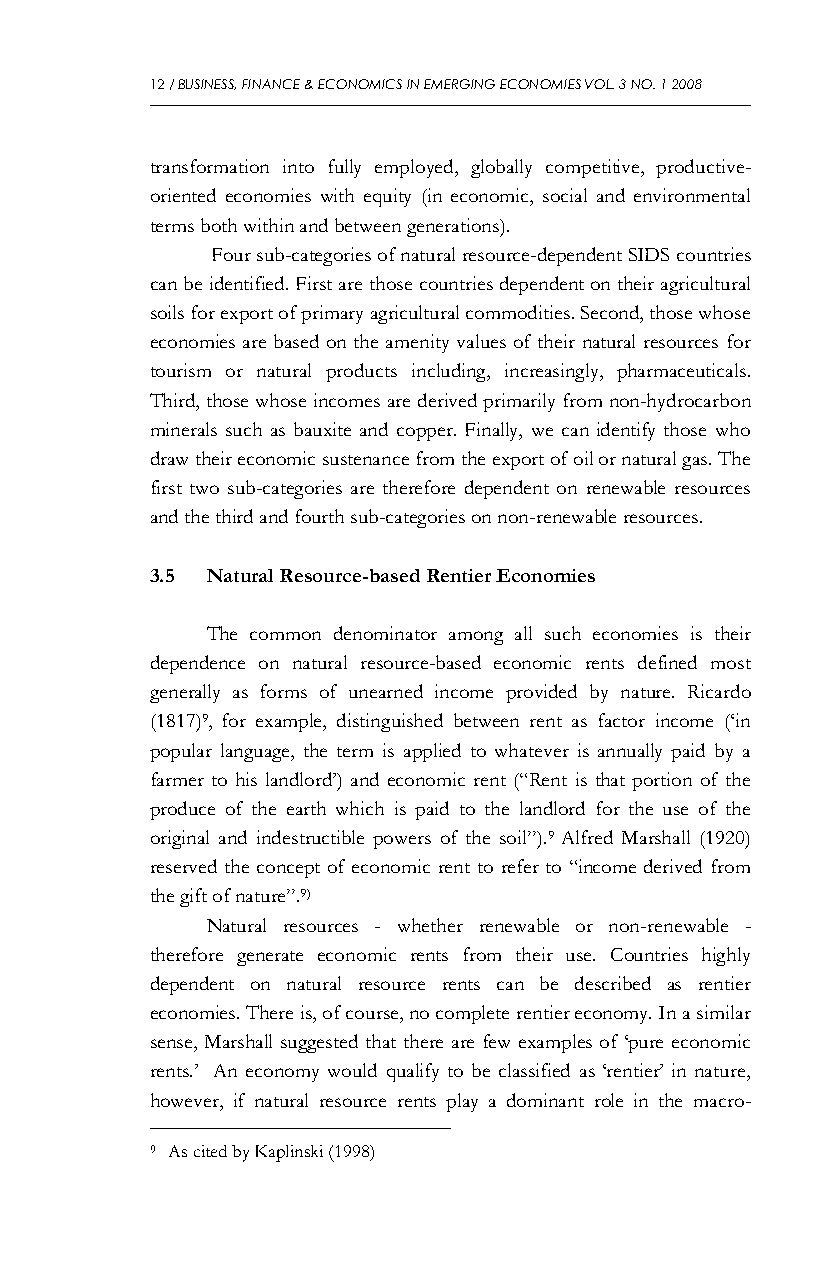
12 / BUSINESS, FINANCE & ECONOMICS IN EMERGING ECONOMIES VOL. 3 NO. 1 2008
 transformation into fully employed, globally competitive, productive-
 oriented economies with equity (in economic, social and environmental
 terms both within and between generations).
 Four sub-categories of natural resource-dependent SIDS countries
 can be identified. First are those countries dependent on their agricultural
 soils for export of primary agricultural commodities. Second, those whose
 economies are based on the amenity values of their natural resources for
 tourism or natural products including, increasingly, pharmaceuticals.
 Third, those whose incomes are derived primarily from non-hydrocarbon
 minerals such as bauxite and copper. Finally, we can identify those who
 draw their economic sustenance from the export of oil or natural gas. The
 first two sub-categories are therefore dependent on renewable resources
 and the third and fourth sub-categories on non-renewable resources.
 3.5 Natural Resource-based Rentier Economies
 The common denominator among all such economies is their
 dependence on natural resource-based economic rents defined most
 generally as forms of unearned income provided by nature. Ricardo
 (1817)9, for example, distinguished between rent as factor income (‘in
 popular language, the term is applied to whatever is annually paid by a
 farmer to his landlord’) and economic rent (“Rent is that portion of the
 produce of the earth which is paid to the landlord for the use of the
 original and indestructible powers of the soil”).9 Alfred Marshall (1920)
 reserved the concept of economic rent to refer to “income derived from
 the gift of nature”.9)
 Natural resources - whether renewable or non-renewable -
 therefore generate economic rents from their use. Countries highly
 dependent on natural resource rents can be described as rentier
 economies. There is, of course, no complete rentier economy. In a similar
 sense, Marshall suggested that there are few examples of ‘pure economic
 rents.’ An economy would qualify to be classified as ‘rentier’ in nature,
 however, if natural resource rents play a dominant role in the macro-
 9 As cited by Kaplinski (1998)